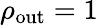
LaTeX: \rho_{\mathrm{out}}=1